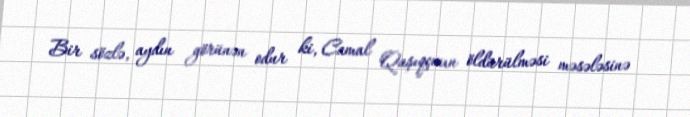
Bir sözlə, aydın görünən odur ki, Camal Qaşıqçının öldürülməsi məsələsinə